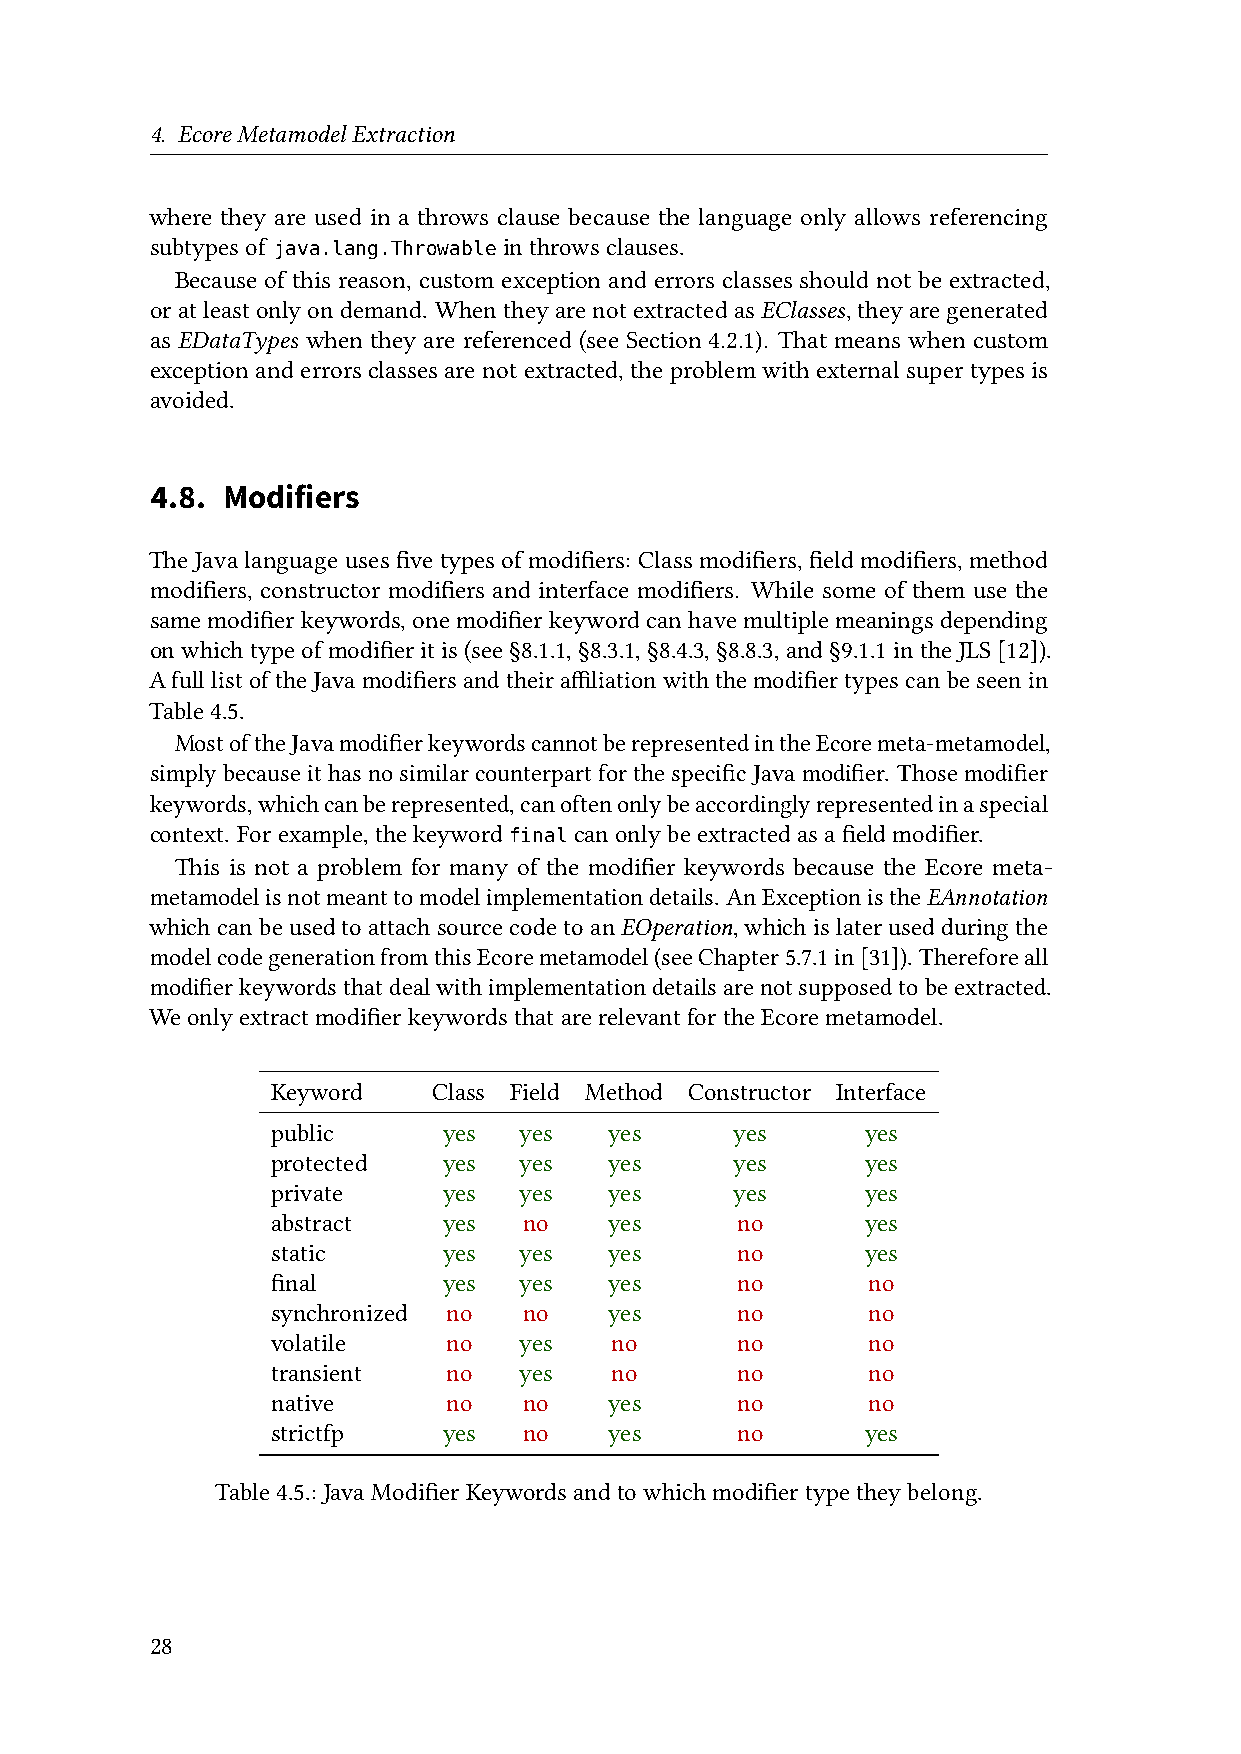
4. EcoreMetamodelExtraction
 where they are used in a throws clause because the language only allows referencing
 subtypesof             inthrowsclauses.
 java.lang.Throwable
 Because of this reason, custom exception and errors classes should not be extracted,
 oratleastonlyondemand. WhentheyarenotextractedasEClasses,theyaregenerated
 as EDataTypes when they are referenced (see Section 4.2.1). That means when custom
 exceptionanderrorsclassesarenotextracted,theproblemwithexternalsupertypesis
 avoided.
 4.8. Modifiers
 TheJavalanguageusesfivetypesofmodifiers: Classmodifiers,fieldmodifiers,method
 modifiers, constructor modifiers and interface modifiers. While some of them use the
 samemodifierkeywords,onemodifierkeywordcanhavemultiplemeaningsdepending
 onwhichtypeofmodifieritis(see§8.1.1,§8.3.1,§8.4.3,§8.8.3,and§9.1.1intheJLS[12]).
 Afull listoftheJava modifiersandtheir affiliationwiththemodifier typescanbeseenin
 Table4.5.
 MostoftheJavamodifierkeywordscannotberepresentedintheEcoremeta-metamodel,
 simplybecauseithasnosimilarcounterpartforthespecificJavamodifier. Thosemodifier
 keywords,whichcanberepresented,canoftenonlybeaccordinglyrepresentedinaspecial
 context. Forexample,thekeyword canonlybeextractedasafieldmodifier.
 final
 This is not a problem for many of the modifier keywords because the Ecore meta-
 metamodelisnotmeanttomodelimplementationdetails. AnExceptionistheEAnnotation
 whichcanbeusedtoattachsourcecodetoanEOperation,whichislaterusedduringthe
 modelcodegenerationfromthisEcoremetamodel(seeChapter5.7.1in[31]). Thereforeall
 modifierkeywordsthatdealwithimplementationdetailsarenotsupposedtobeextracted.
 WeonlyextractmodifierkeywordsthatarerelevantfortheEcoremetamodel.
 Keyword    Class Field Method Constructor Interface
 public     yes  yes   yes      yes     yes
 protected  yes  yes   yes      yes     yes
 private    yes  yes   yes      yes     yes
 abstract   yes   no   yes      no      yes
 static     yes  yes   yes      no      yes
 final      yes  yes   yes      no      no
 synchronized no  no   yes      no      no
 volatile    no  yes   no       no      no
 transient   no  yes   no       no      no
 native      no   no   yes      no      no
 strictfp   yes   no   yes      no      yes
 Table4.5.:JavaModifierKeywordsandtowhichmodifiertypetheybelong.
 28